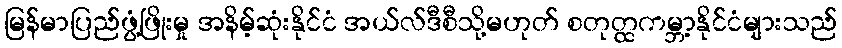
မြန်မာပြည်ဖွံ့ဖြိုးမှု အနိမ့်ဆုံးနိုင်ငံ အယ်လ်ဒီစီသို့မဟုတ် စတုတ္ထကမ္ဘာ့နိုင်ငံများသည်